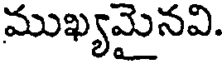
ముఖ్యమైనవి.